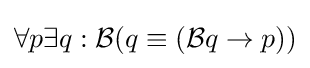
\forall p\exists q:{\mathcal {B}}(q\equiv ({\mathcal {B}}q\to p))